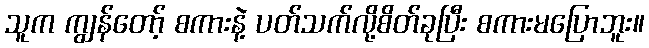
သူက ကျွန်တော့် စကားနဲ့ ပတ်သက်လို့စိတ်ခုပြီး စကားမပြောဘူး။